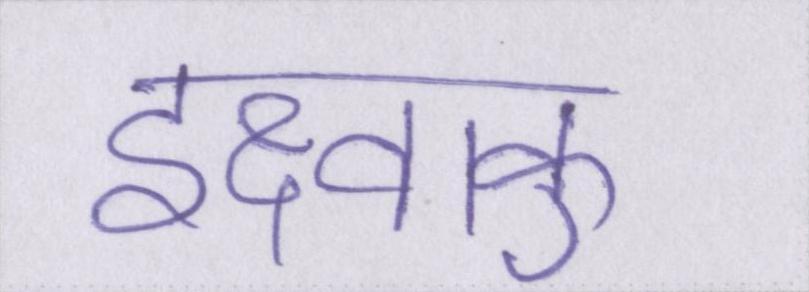
इक्ष्वाकु